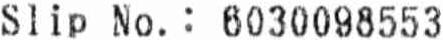
SLIP NO. : 6030098553